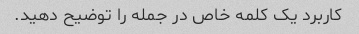
کاربرد یک کلمه خاص در جمله را توضیح دهید.